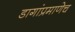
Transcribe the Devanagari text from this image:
डागांप्रमाणेच